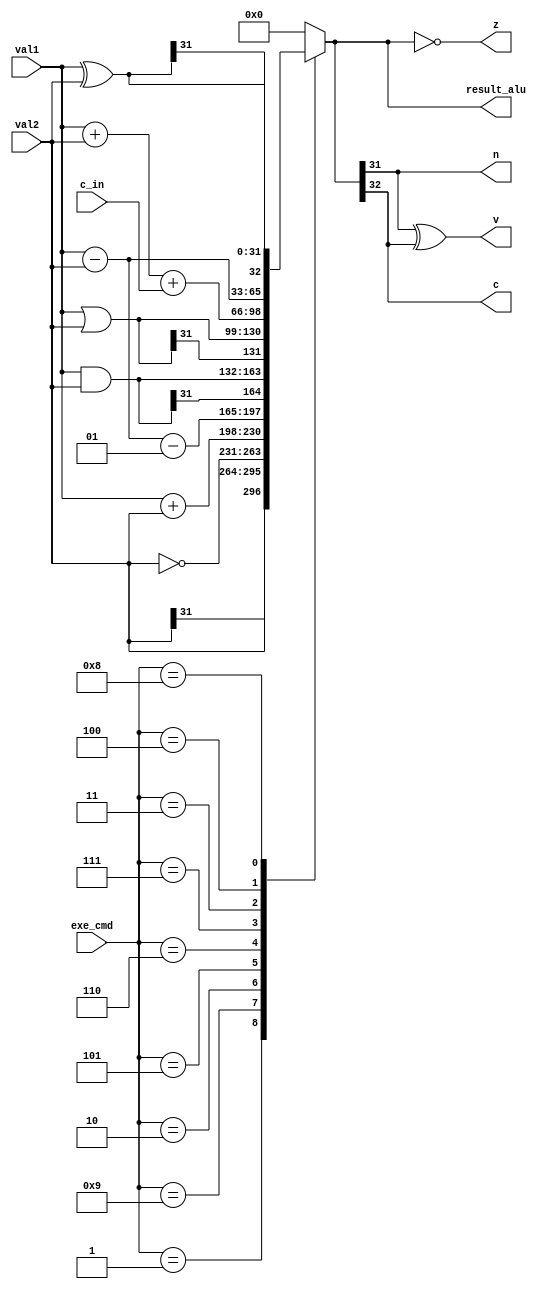
module ALU (
	input [3:0] exe_cmd,
	input c_in,
	input signed [31:0] val1 , val2,
	output reg [32:0] result_alu,
  output n, z, c, v
	);
	always @(*) begin
    case (exe_cmd) //synthesis parallel_case
      4'b0001 /*mov_a*/ : result_alu = val2;
      4'b1001 /*mvn_a*/ : result_alu = ~val2;
      4'b0010 /*add_a*/ : result_alu = val1 + val2;
      4'b0101 /*sbc_a*/ : result_alu = val1 - val2 - 1;
      4'b0110 /*and_a*/ : result_alu = val1 & val2;
      4'b0111 /*orr_a*/ : result_alu = val1 | val2;
      4'b0011 /*adc_a*/ : result_alu = val1 + val2 + c_in;
      4'b0100 /*sub_a*/ : result_alu = val1 - val2;
      4'b1000 /*eor_a*/ : result_alu = val1 ^ val2;
      default: 
        result_alu = 33'd0;
    endcase
		end
  assign n = result_alu[31];
	assign z = (result_alu == 33'd0);
	assign c = result_alu[32];
	assign v = result_alu[31] ^ c ;
endmodule